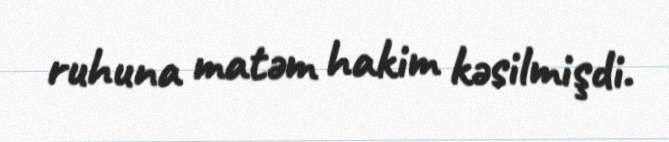
ruhuna matəm hakim kəsilmişdi.